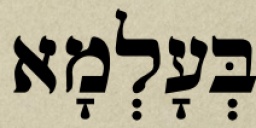
בְּעָלְמָא